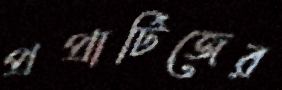
প্রপ্রার্টিজের